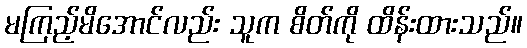
မကြည့်မိအောင်လည်း သူက စိတ်ကို ထိန်းထားသည်။